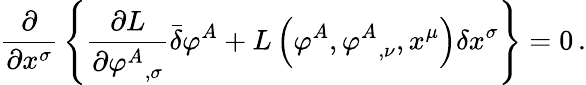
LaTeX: {\frac{\partial}{\partial x^{\sigma}}}\left\{ {\frac{\partial L}{\partial{\varphi^{A}}_{,\sigma}}}{\bar{\delta}}\varphi^{A}+L\left(\varphi^{A},{\varphi^{A}}_{,\nu},x^{\mu}\right)\delta x^{\sigma}\right\} =0\, .